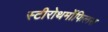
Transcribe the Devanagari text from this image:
स्टीरोथर्मोफिलस